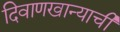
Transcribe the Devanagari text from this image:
दिवाणखान्याची